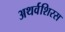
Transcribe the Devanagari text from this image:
अथर्वशिरस